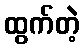
ထွက်တဲ့